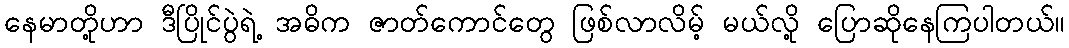
နေမာတို့ဟာ ဒီပြိုင်ပွဲရဲ့ အဓိက ဇာတ်ကောင်တွေ ဖြစ်လာလိမ့် မယ်လို့ ပြောဆိုနေကြပါတယ်။